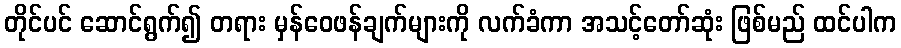
တိုင်ပင် ဆောင်ရွက်၍ တရား မှန်ဝေဖန်ချက်များကို လက်ခံကာ အသင့်တော်ဆုံး ဖြစ်မည် ထင်ပါက